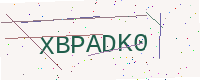
Text: XBPADK0